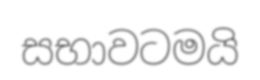
සභාවටමයි